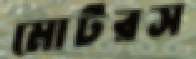
মোটরস